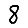
Digit: 8